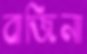
বাজিনা